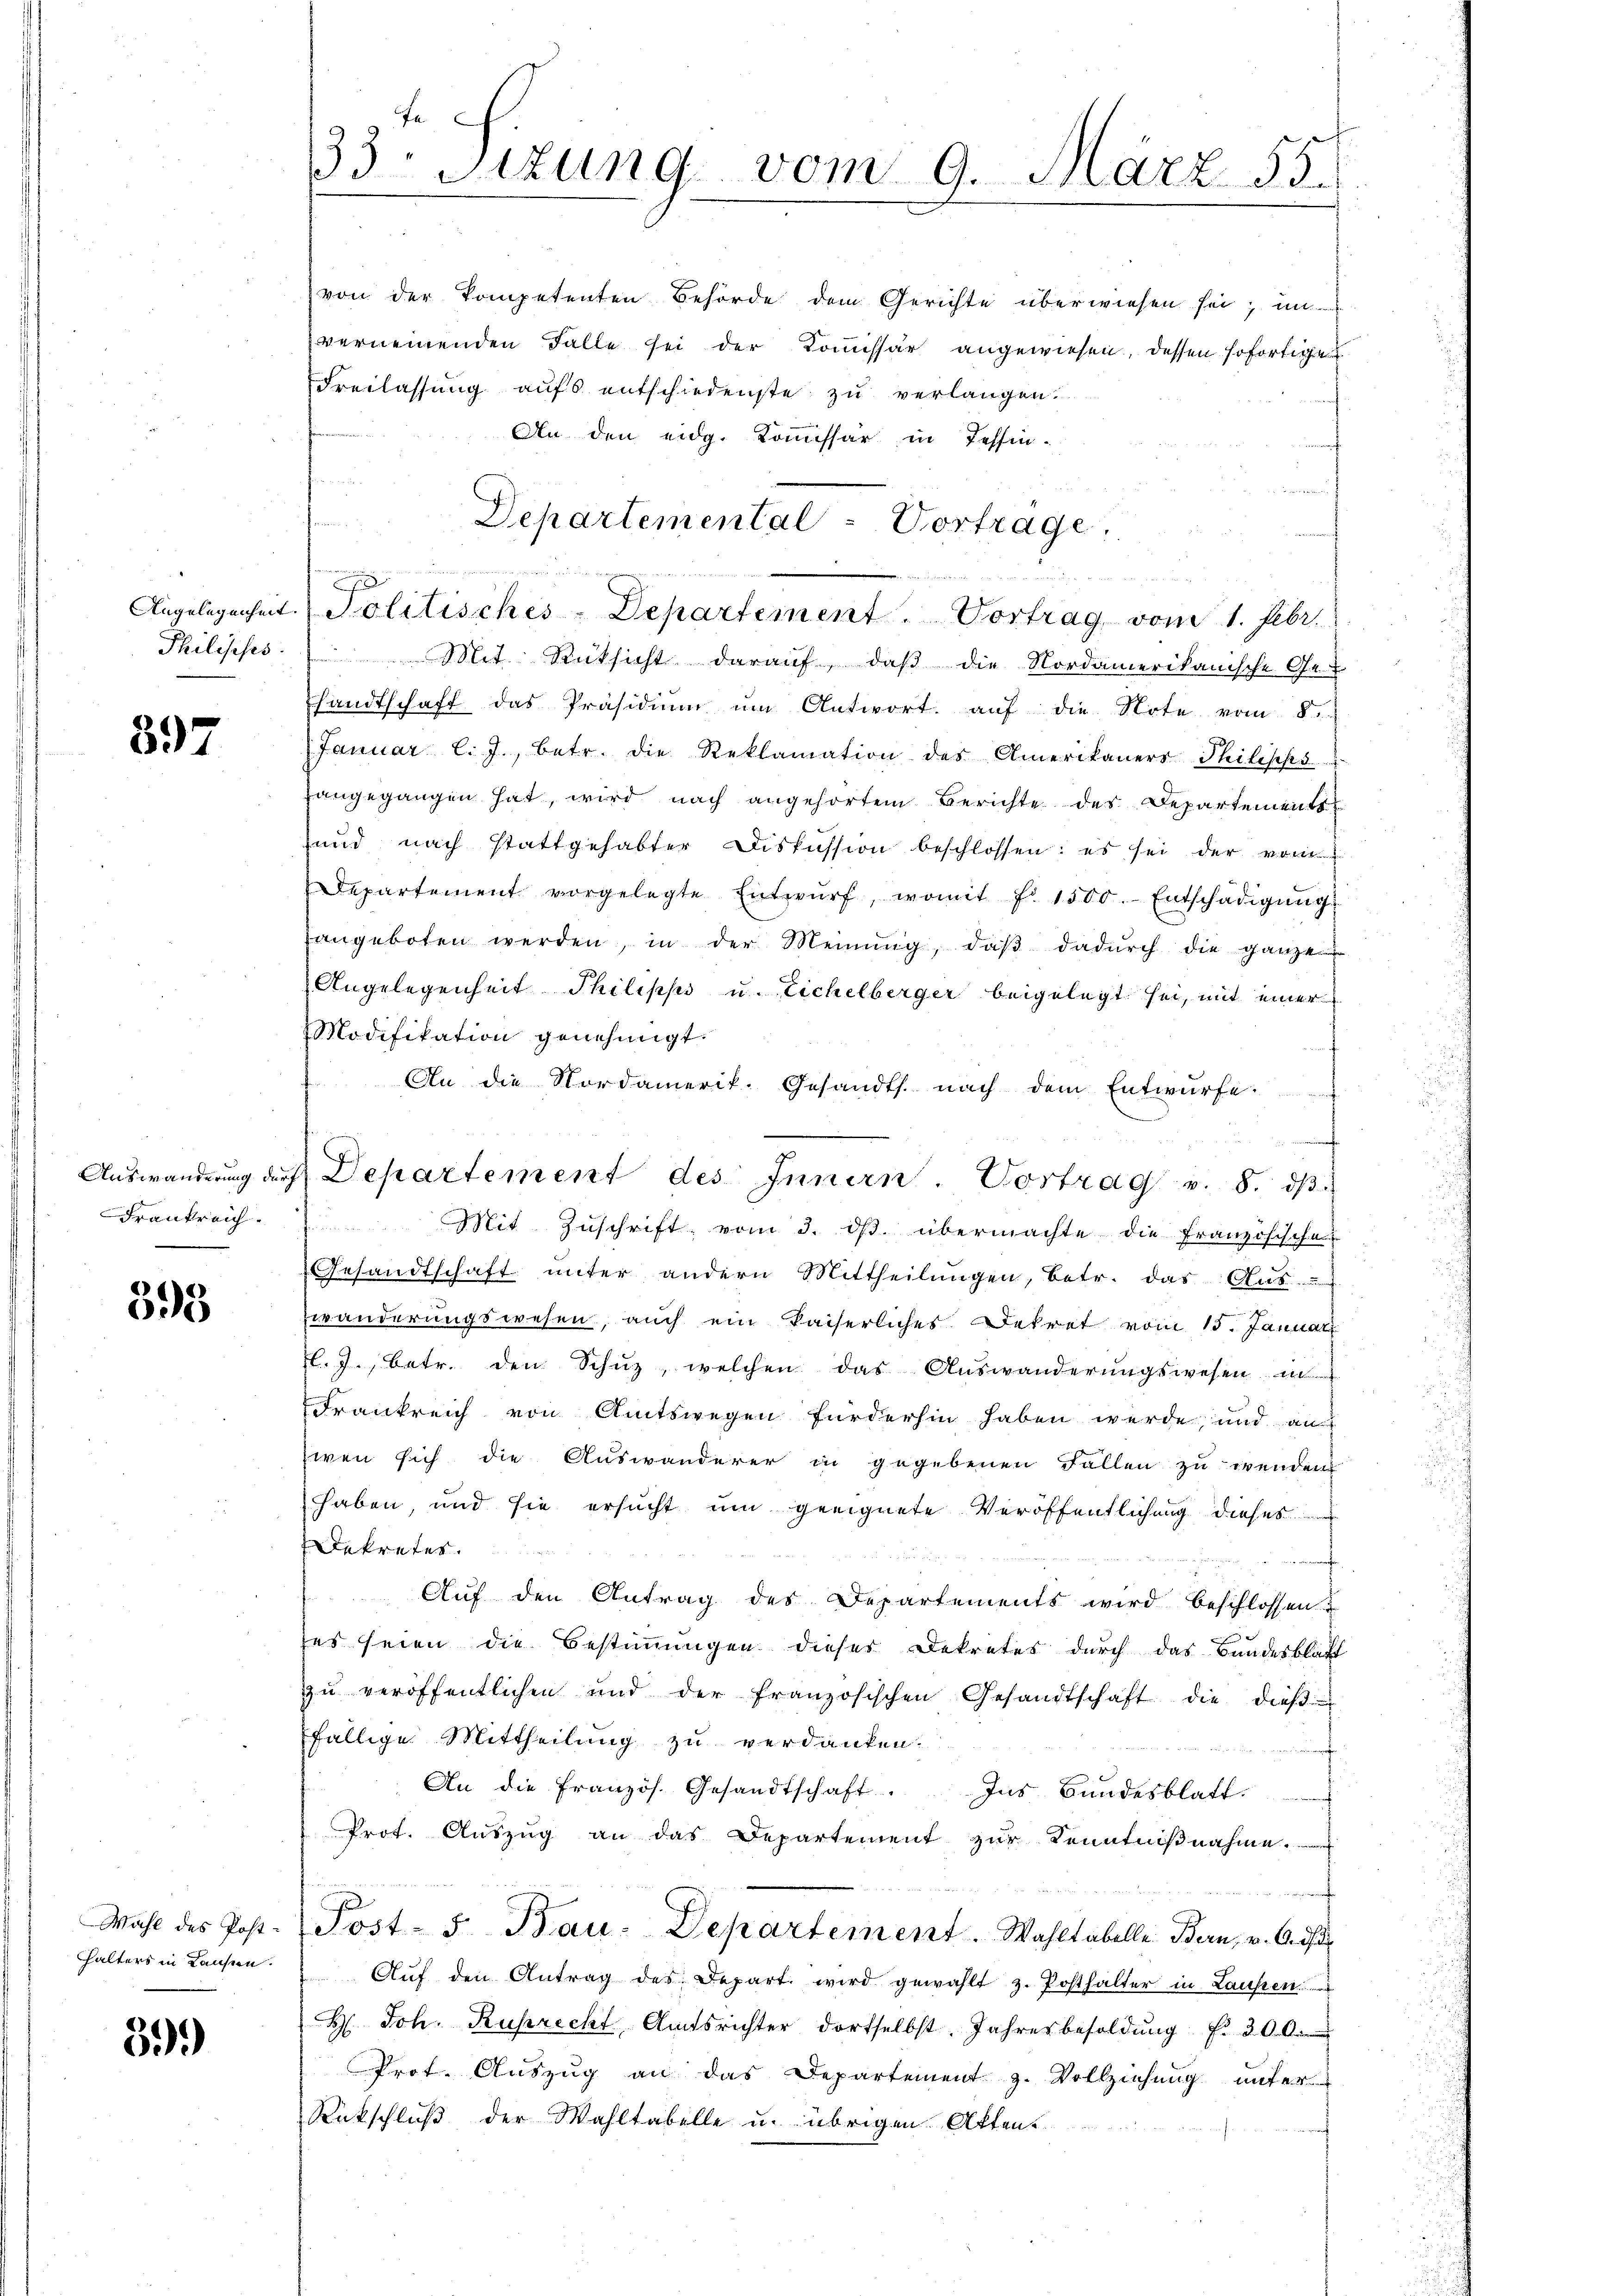
397

Frankreich.

393

Halters in Lausen.

399)

33. Sizung vom 9. März 55.

von der Kompetenten Behörde dem Gerichte überwiesen sei, un
verneinenden Falle sei der Comissär angewiesen, dessen sofortige
Freilassung aufs entschiedenste zu verlangen.
An den eidg. Kommissär in Tessin.
Philipps. Mit Rücksicht daraŭf, daβ die Nordamerikanische Ge-
sandtschaft das Präsidiŭm um Antwort auf die Note vom 8.
Januar l. J., betr. die Reklamation des Amerikaners Philipps
fangegangen hat, wird nach angehörtem Berichte des Departements
und nach stattgehabter Diskussion beschlossen: es sei der vom
Departement vorgelegte Entwŭrf, womit fr. 1500. Entschädigŭng
angeboten werden, in der Meinŭng, daβ dadŭrch die ganze
Angelegenheit Philipps u. Eichelberger beigelegt sei, mit einer
Modifikation genehmigt.
s
An die Nordamerik. Gesandts. nach dem Entwürfe.
Mit Zŭschrift vom 3. dβ. übermachte die Französische
Gesandtschaft unter andern Mittheilungen, betr. das Aus
zwänderungswesen, auch ein kaiserliches Dekret vom 15. Januar
l. J., betr. den Schŭz, welchen das Auswanderŭngswesen in
Frankreich von Amtswegen fürderhin haben werde, und auf
zwen sich die Auswanderer in gegebenen Fällen zu wenden
haben, und sie ersucht um geeignete Veröffentlichung dieses
Dekretes
Auf den Antrag des Departements wird beschlossen
es seien die Bestimmungen dieser Dekretes durch das Bundesblatt
zu veröffentlichen und der französischen Gesandtschaft die dieβ
fällige Mittheilung zu verdanken.
An die Französ. Gesandtschaft. Ins Bundesblatt
Prot. Auszug an das Departement zur Kenntnißnahme.
n
Wahl des Post. Post- 5. Bau-Departement. Wahltabelle Bern, u. A. di
Aŭf den Antrag des Depart wird gewählt z. Posthalter in Laufen
H. Joh. Ruprecht Amtsrichter dortselbst. Jahresbesoldŭng f. 300.
Prot. Auszug an das Departement z. Vollziehung unter
Rückschluß der Wahltabelle u. übrigen Akten.

Auswanderung der Departement des Innern. Vortrag v. 8. dβ

Departemental - Vortrage.

Angelegenheit. Politisches Departement. Vortrag vom 1. Febr.